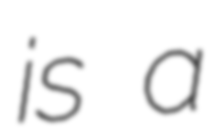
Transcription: is a